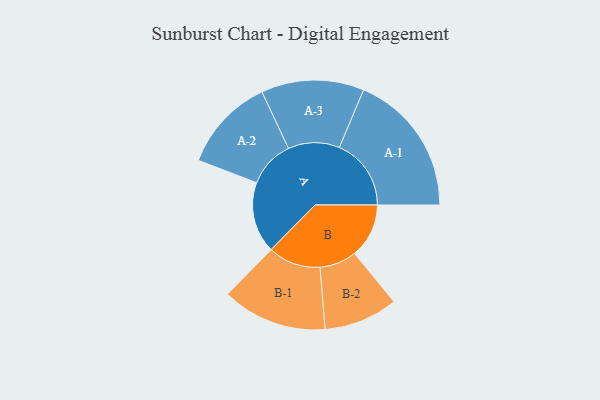
{"axis": {"x": "Segment", "y": "Value"}, "legend": ["", "A", "B"], "data": [{"x": "A", "y": 292, "type": ""}, {"x": "B", "y": 223, "type": ""}, {"x": "A-1", "y": 295, "type": "A"}, {"x": "A-2", "y": 193, "type": "A"}, {"x": "A-3", "y": 211, "type": "A"}, {"x": "B-1", "y": 216, "type": "B"}, {"x": "B-2", "y": 152, "type": "B"}]}